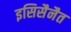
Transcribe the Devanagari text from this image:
इसिसैनैत